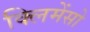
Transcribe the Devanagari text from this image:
क्लिमेंसो